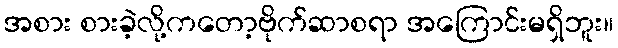
အစား စားခဲ့လို့ကတော့ဗိုက်ဆာစရာ အကြောင်းမရှိဘူး။